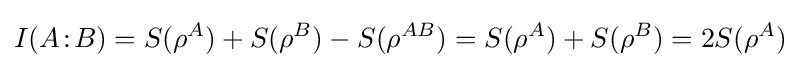
I(A\!:\!B)=S(\rho ^{A})+S(\rho ^{B})-S(\rho ^{AB})=S(\rho ^{A})+S(\rho ^{B})=2S(\rho ^{A})